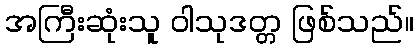
အကြီးဆုံးသူ ဝါသုဒတ္တ ဖြစ်သည်။